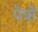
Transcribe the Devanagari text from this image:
पेत्रों